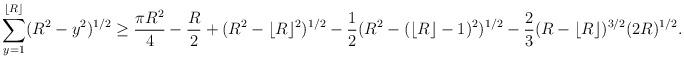
LaTeX: \begin{align*}\sum_{y=1}^{\left \lfloor{R}\right \rfloor} (R^{2} - y^{2})^{1/2} &\ge \frac{\pi R^{2}}{4}-\frac{R}{2}+(R^2-\lfloor R\rfloor^2)^{1/2}-\frac12(R^2-(\lfloor R\rfloor-1)^2)^{1/2}-\frac23 (R-\lfloor R \rfloor)^{3/2} (2R)^{1/2}.\end{align*}